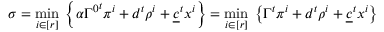
\sigma = \underset { i \in [ r ] } { \operatorname* { m i n } } \; \left\lbrace \alpha { \Gamma ^ { 0 } } ^ { t } \pi ^ { i } + d ^ { t } \rho ^ { i } + \underline { { c } } ^ { t } x ^ { i } \right\rbrace = \underset { i \in [ r ] } { \operatorname* { m i n } } \; \left\lbrace \Gamma ^ { t } \pi ^ { i } + d ^ { t } \rho ^ { i } + \underline { { c } } ^ { t } x ^ { i } \right\rbrace